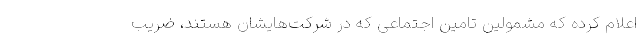
اعلام کرده که مشمولین تامین اجتماعی که در شرکت‌هایشان هستند، ضریب